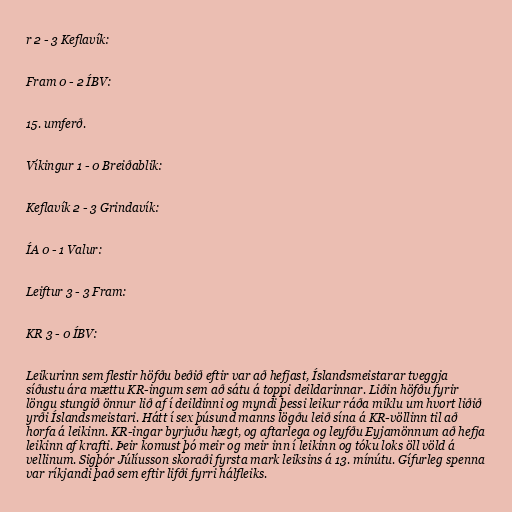
r 2 - 3 Keflavík:

Fram 0 - 2 ÍBV:

15. umferð.

Víkingur 1 - 0 Breiðablik:

Keflavík 2 - 3 Grindavík:

ÍA 0 - 1 Valur:

Leiftur 3 - 3 Fram:

KR 3 - 0 ÍBV:

Leikurinn sem flestir höfðu beðið eftir var að hefjast, Íslandsmeistarar tveggja
síðustu ára mættu KR-ingum sem að sátu á toppi deildarinnar. Liðin höfðu fyrir
löngu stungið önnur lið af í deildinni og myndi þessi leikur ráða miklu um hvort liðið
yrði Íslandsmeistari. Hátt í sex þúsund manns lögðu leið sína á KR-völlinn til að
horfa á leikinn. KR-ingar byrjuðu hægt, og aftarlega og leyfðu Eyjamönnum að hefja
leikinn af krafti. Þeir komust þó meir og meir inn í leikinn og tóku loks öll völd á
vellinum. Sigþór Júlíusson skoraði fyrsta mark leiksins á 13. mínútu. Gífurleg spenna
var ríkjandi það sem eftir lifði fyrri hálfleiks.